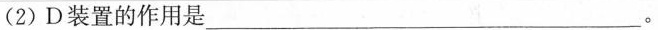
(2)D装置的作用是___。